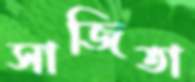
সাজিতা